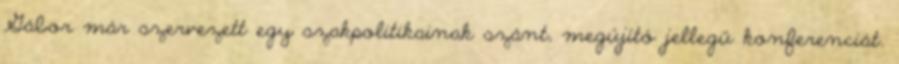
Gábor már szervezett egy szakpolitikainak szánt, megújító jellegű konferenciát.